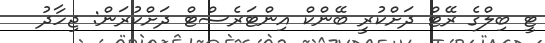
ޓީ ބިލްގެ ރޭޓް ދަށްކުރީ ބޭންކް އިންޓަރެސްޓް ދަށްކުރަން: ޖިހާދު